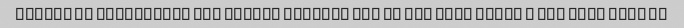
Kheili ba harekatesh hal kardam yelitri bud to yek onim rikht e bud goft male to